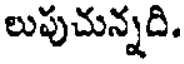
లుపుచున్నది.